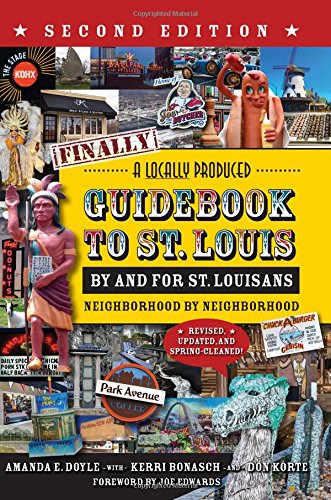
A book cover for Finally! A Locally Produced Guidebook to St. Louis By and For St. Louisans, Neighborhood by Neighborhood, Second Edition-Revised, Updated, and Spring-Cleaned!; Amanda E. Doyle; Travel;